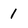
Character: 1